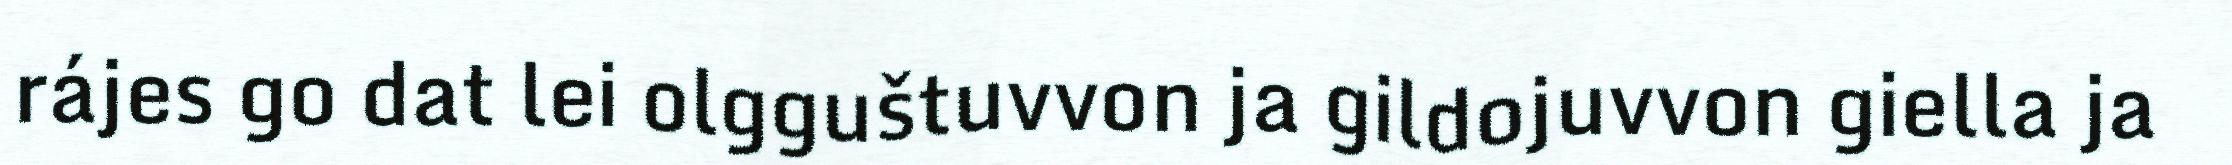
rájes go dat lei olgguštuvvon ja gildojuvvon giella ja